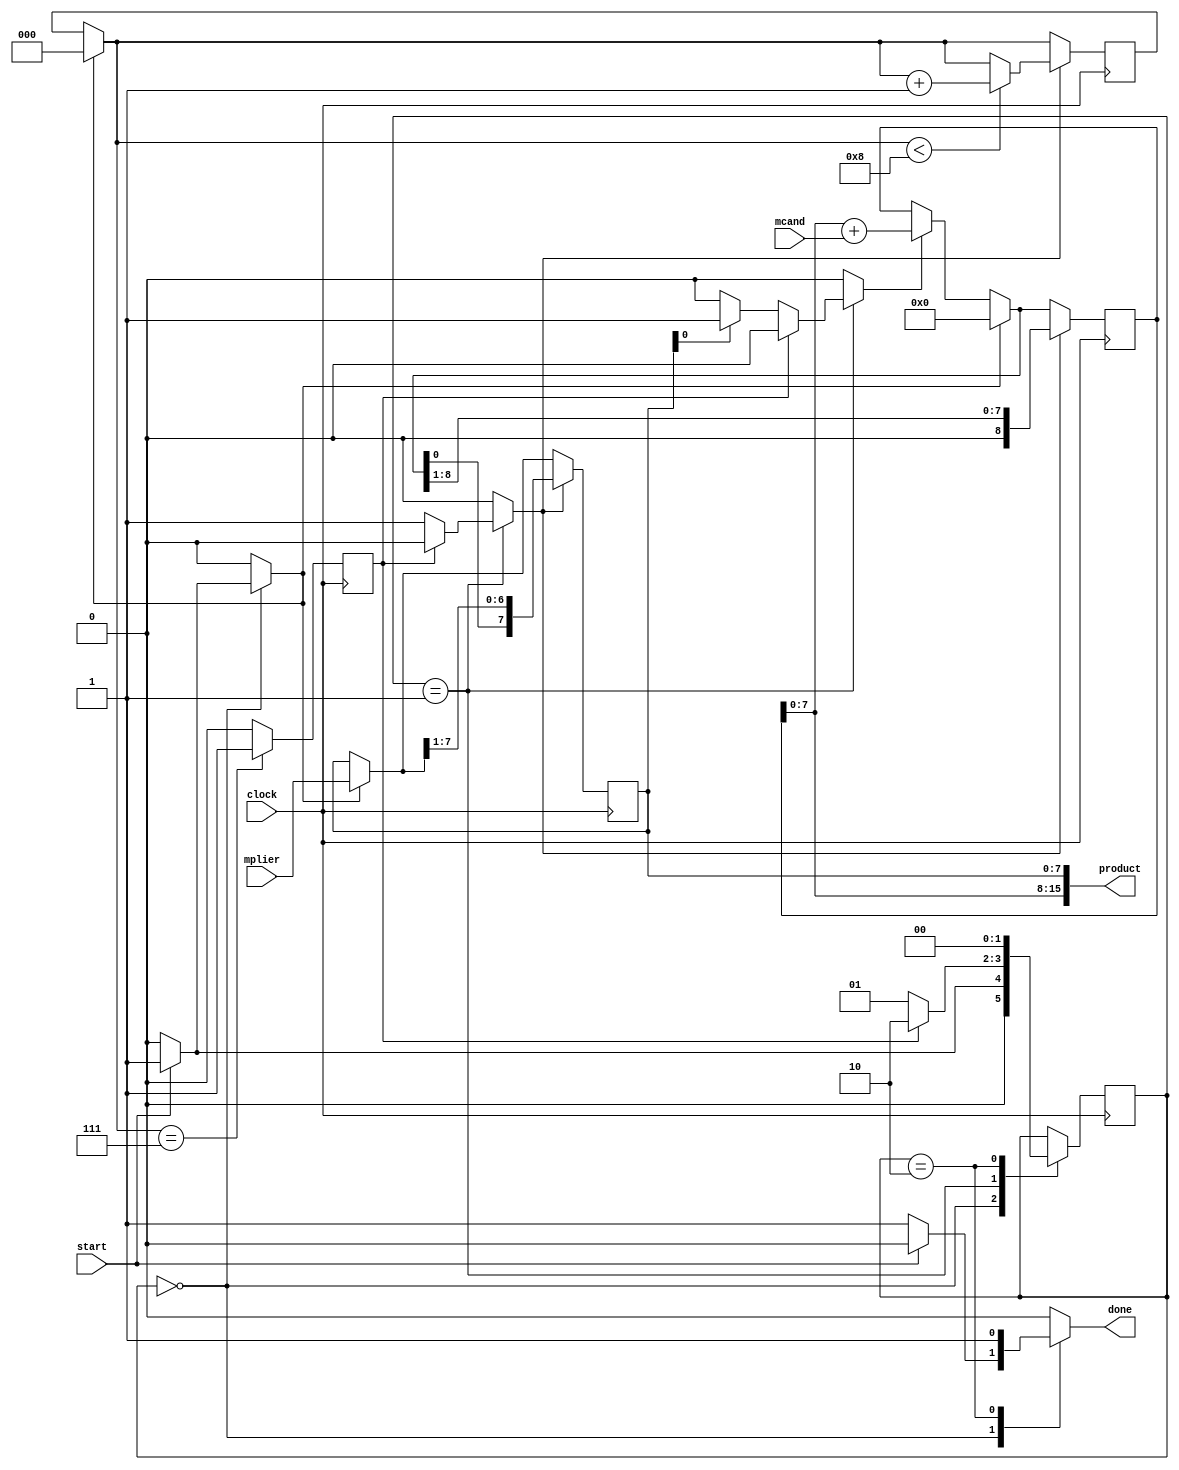
`timescale 1ns / 1ps

module mplier88(clock, start, mplier, mcand, product, done);
        input clock, start;
        input [7:0] mplier;
        input [7:0] mcand;
        output reg done;
        reg [2:0] count = 3'b000; // 3-bit counter (because 8 shifts occur)
        reg [1:0] state = 2'd0;
        reg [1:0] nextState = 2'd0;
        reg [8:0] accA;
        reg [7:0] accB;
        reg shift, load, K, M, add;
        output [15:0] product;
        assign product = {{accA[7:0]}, {accB[7:0]}};
        
//        always @(start, state, K, M)
          always @*
            begin
                shift = 1'b0;
                add = 1'b0;
                load = 1'b0;
                done = 1'b0;
                nextState = state;
                case(state)
                    0:
                        begin
                            add = 1'b0;
                            if (start) begin
                                done <= 1'b0;
                                load <= 1'b1;
                                nextState <= 2'd1;
                            end
                            else begin
                                done <= 1'b1;
                                nextState <= 2'd0;
                            end
                        end
                    1:
                        begin
                            M = accB[0];
                            load = 1'b0;
                            if (K) begin
                                add <= 1'b0;
                                shift <= 1'b0;
                                nextState <= 2'd2;
                            end
                            else begin
                                if (M) begin
                                    add <= 1'b1;
                                end
                                else begin
                                    add <= 1'b0;
                                end
                                shift <= 1'b1;
                                nextState <= 2'd1;
                            end
                        end
                    2:
                        begin
                            shift <= 1'b0;
                            done <= 1'b1;
                            nextState <= 2'd0;
                        end        
                    default:
                        begin
                            load = 1'b0;
                            shift = 1'b0;
                            done = 1'b0;
                            add = 1'b0;
                        end         
                endcase        
            end
            
        always @(posedge clock)
            begin
                M = accB[0];
                state = nextState;
                if (load) begin
                    accA = 9'b000000000;
                    count = 3'b000;
                    accB = mplier;
                end
                else if (add) begin
                    accA = {{1'b0}, {accA[7:0]}};
                    accA = accA + mcand;
                end
                if (shift) begin
                    accA <= {{1'b0}, {accA[8:1]}};
                    accB <= {{accA[0]}, {accB[7:1]}};
                    if (count < 4'd8) begin
                        count <= count + 1;
                    end
                end
                else begin end
                K = count == 3'd7 ? 1'b1 : 1'b0;
            end    
endmodule